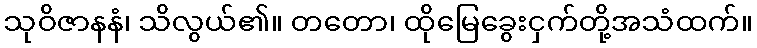
သုဝိဇာနနံ၊ သိလွယ်၏။ တတော၊ ထိုမြေခွေးငှက်တို့အသံထက်။